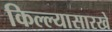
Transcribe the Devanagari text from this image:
किल्ल्यासारखे